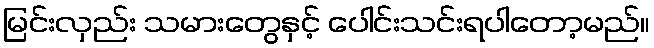
မြင်းလှည်း သမားတွေနှင့် ပေါင်းသင်းရပါတော့မည်။